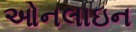
ઓનલાઇન